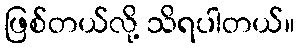
ဖြစ်တယ်လို့ သိရပါတယ်။